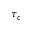
\tau _ { c }